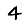
Digit: 4